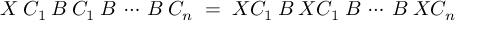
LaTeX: X \; C _ { 1 } \: { \cal { B } } \: C _ { 1 } \: { \cal { B } } \: \cdots \: { \cal { B } } \: C _ { n } \; = \; X C _ { 1 } \: { \cal { B } } \: X C _ { 1 } \: { \cal { B } } \: \cdots \: { \cal { B } } \: X C _ { n } \; \; \; \; \;